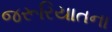
જરૂરિયાતના